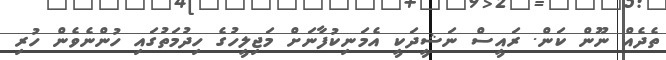
ތެދެއް ނޫން ކަން. ރައީސް ނަޝީދަކީ އެމަނިކުފާނަށް މަޖިލީހުގެ ހިދުމަތުގައި ހުންނެވެން ހުރި